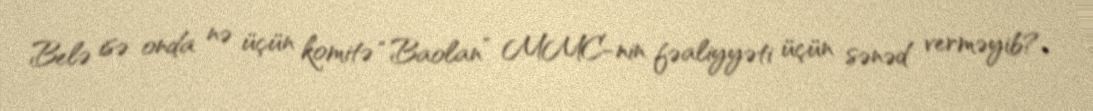
Belə isə onda nə üçün komitə “Baolan” MMC-nin fəaliyyəti üçün sənəd verməyib?.